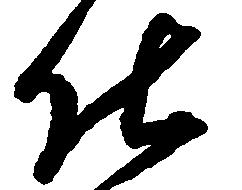
仕